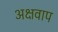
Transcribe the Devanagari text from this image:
अक्षवाप